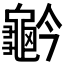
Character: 𪚬